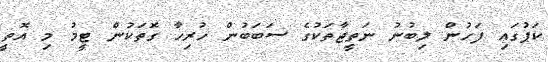
ކަޕުގައި ފަހުން ލިބުނު ނަތީޖާތަކުގެ ސަބަބުން ހުރިހާ ގޮތަކުން ޓީމު މި އޮތީ